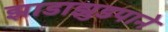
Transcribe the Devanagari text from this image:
झाडाझुडपाने